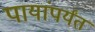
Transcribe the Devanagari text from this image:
पायांपर्यंत